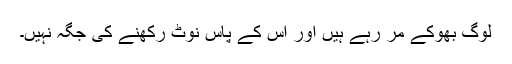
لوگ بھوکے مر رہے ہیں اور اس کے پاس نوٹ رکھنے کی جگہ نہیں۔